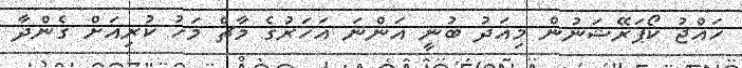
ހައްޖު ކޯޕަރޭޝަނުން މިއަދު ބުނީ އަންނަ އަހަރުގެ މާޗް މަހު ކުރިއަށް ގެންދާ